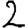
Digit: 2